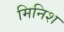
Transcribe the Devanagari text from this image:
मिनिश